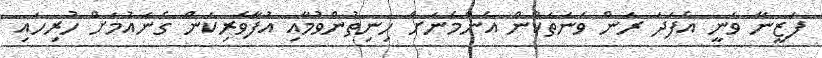
ފަޒީނާ ވަނީ އެފަދަ ރަން ވަނަތަކުން އެންމެނަށް ހިނިތުންވުމާއި އުފާވެރިކަން ގެނައުމަށް ހުރިހައި